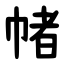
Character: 帾